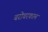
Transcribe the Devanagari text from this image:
बरोबरकाम